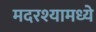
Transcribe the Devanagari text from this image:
मदरश्यामध्ये